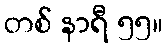
တစ် နာရီ ၅၅။